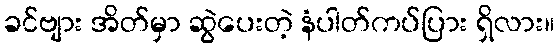
ခင်ဗျား အိတ်မှာ ဆွဲပေးတဲ့ နံပါတ်ကပ်ပြား ရှိလား။